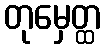
တုမှေတ္ထ